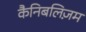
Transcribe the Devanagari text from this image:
कैनिबलिज़म